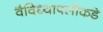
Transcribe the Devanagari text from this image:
वैविध्यापलीकडे